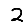
Digit: 2